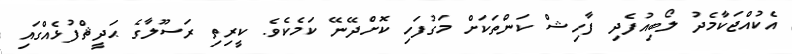
އެކުއްޖަކާމެދު ލޯބިއުފެދި ފާހިޝް ކަންތަކަށް މަގުފަހި ކޮށްދޭނޭ ކަމެކެވެ. ކީރިތި ރަސޫލާގެ ޙަދީޘްފުޅެއްގައި